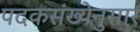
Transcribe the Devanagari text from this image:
पदकसंख्येनुसार